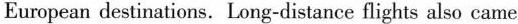
European destinations. Lorg-distance flights also came